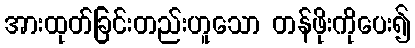
အားထုတ်ခြင်းတည်းဟူသော တန်ဖိုးကိုပေး၍